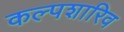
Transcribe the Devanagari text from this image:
कल्पशारिव